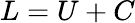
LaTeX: L=U+C